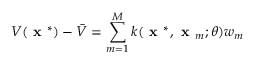
V ( \textbf { x } ^ { * } ) - \bar { V } = \sum _ { m = 1 } ^ { M } k ( \textbf { x } ^ { * } , \textbf { x } _ { m } ; \boldsymbol { \theta } ) w _ { m }